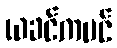
ယခင်ကပင်